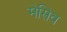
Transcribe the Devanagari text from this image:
मेसिव